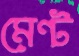
মেন্ট